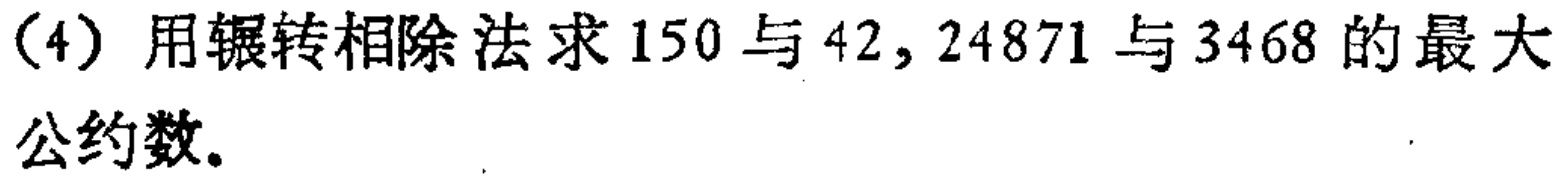
(4) 用辗转相除法求 \(150\) 与 \(42\)，\(24871\) 与 \(3468\) 的最大公约数。